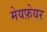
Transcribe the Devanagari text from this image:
मेयफ़ेयर